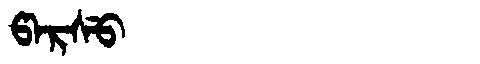
Manchu: ᡦᠠᡵᠰᡠ
Romanization: PARSU